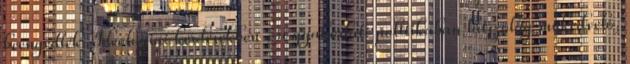
beengedték. Ideológiai kérdésekben s a gyakorlati politikában látszólag műkedvelő,